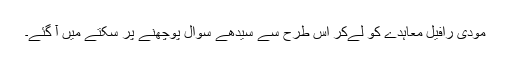
مودی رافیل معاہدے کو لےکر اس طرح سے سیدھے سوال پوچھنے پر سکتے میں آ گئے۔